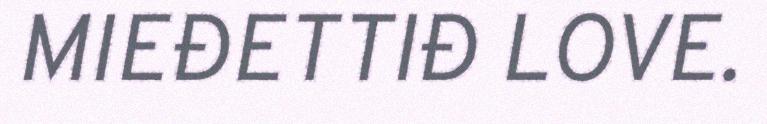
MIEĐETTIĐ LOVE.